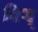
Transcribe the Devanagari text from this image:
विथ्